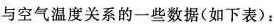
与空气温度关系的一些数据(如下表)：